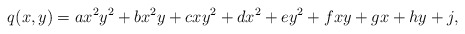
\begin{align*}q(x,y) = ax^2y^2+bx^2y+cxy^2+dx^2+ey^2+fxy+gx+hy+j,\end{align*}